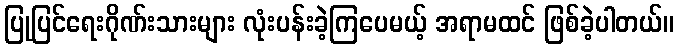
ပြုပြင်ရေးဂိုဏ်းသားများ လုံးပန်းခဲ့ကြပေမယ့် အရာမထင် ဖြစ်ခဲ့ပါတယ်။